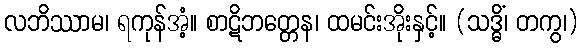
လဘိဿာမ၊ ရကုန်အံ့။ စာဋိဘတ္တေန၊ ထမင်းအိုးနှင့်။ (သဒ္ဓိံ၊ တကွ၊)